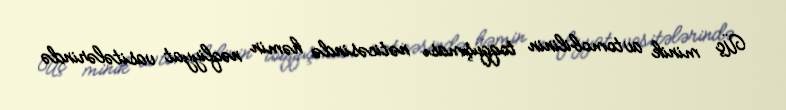
Üç minik avtomobilinin toqquşması nəticəsində həmin nəqliyyat vasitələrində